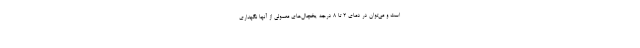
است و می‌توان در دمای 2 تا 8 درجه یخچال‌های معمولی از آنها نگهداری